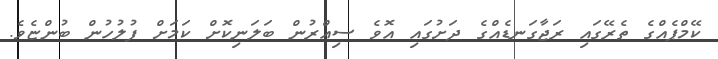
ކޭމްޕެއްގެ ތެރޭގައި ރަޖާގަނޑެއްގެ ދަށުގައި އޮވެ ސިއްރުން ބަލަނިކޮށް ކަމަށް ފުލުހުން ބުންޏެވެ.